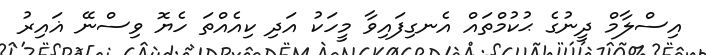
އިސްލާމް ދީނުގެ ޙުކުމްތައް އެނގިފައިވާ މީހަކު އަދި ކިއެއްތަ ހެޔޮ ވިސްނޭ ޣައިރު